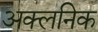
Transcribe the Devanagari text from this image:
अक्लनिक